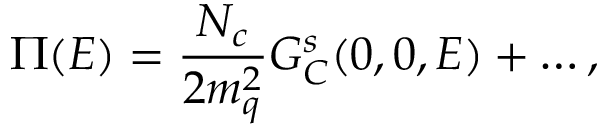
\Pi ( E ) = { \frac { N _ { c } } { 2 m _ { q } ^ { 2 } } } G _ { C } ^ { s } ( 0 , 0 , E ) + \ldots ,